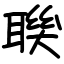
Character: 聫